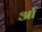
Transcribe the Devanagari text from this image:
र्आ